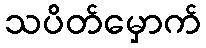
သပိတ်မှောက်